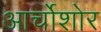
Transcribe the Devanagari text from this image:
आर्चोशोर